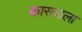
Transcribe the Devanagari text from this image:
कासवाला